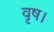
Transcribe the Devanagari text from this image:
वृष।